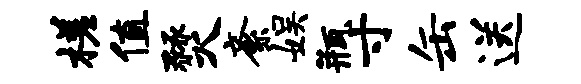
槎值燹紊娱瓶寸缶送